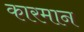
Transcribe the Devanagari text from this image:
कारमान